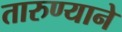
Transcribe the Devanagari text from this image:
तारुण्याने